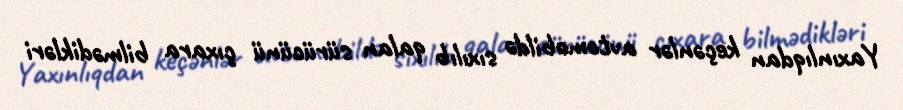
Yaxınlıqdan keçənlər avtomobildə sıxılıb qalan sürücünü çıxara bilmədikləri